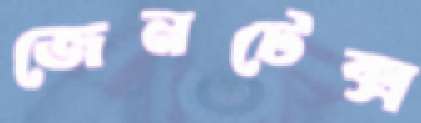
জেনটেক্স